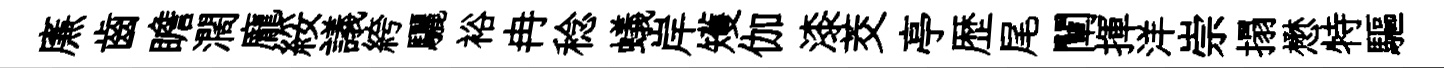
㢘齒瞻濶龐綏議絝驪裕冉稔蟻岸矱伽漆茭亭歴尾闡揮洋崇搨懋特驅